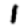
Digit: 1